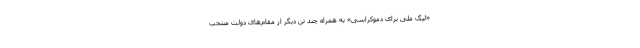
«لیگ ملی برای دموکراسی» به همراه چند تن دیگر از مقام‌های دولت منتخب